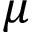
\mu